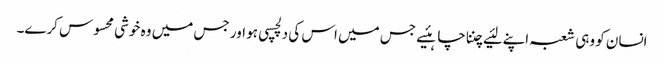
انسان کو وہی شعبہ اپنے لئیے چننا چاہئیے جس میں اس کی دلچسپی ہو اور جس میں وہ خوشی محسوس کرے۔